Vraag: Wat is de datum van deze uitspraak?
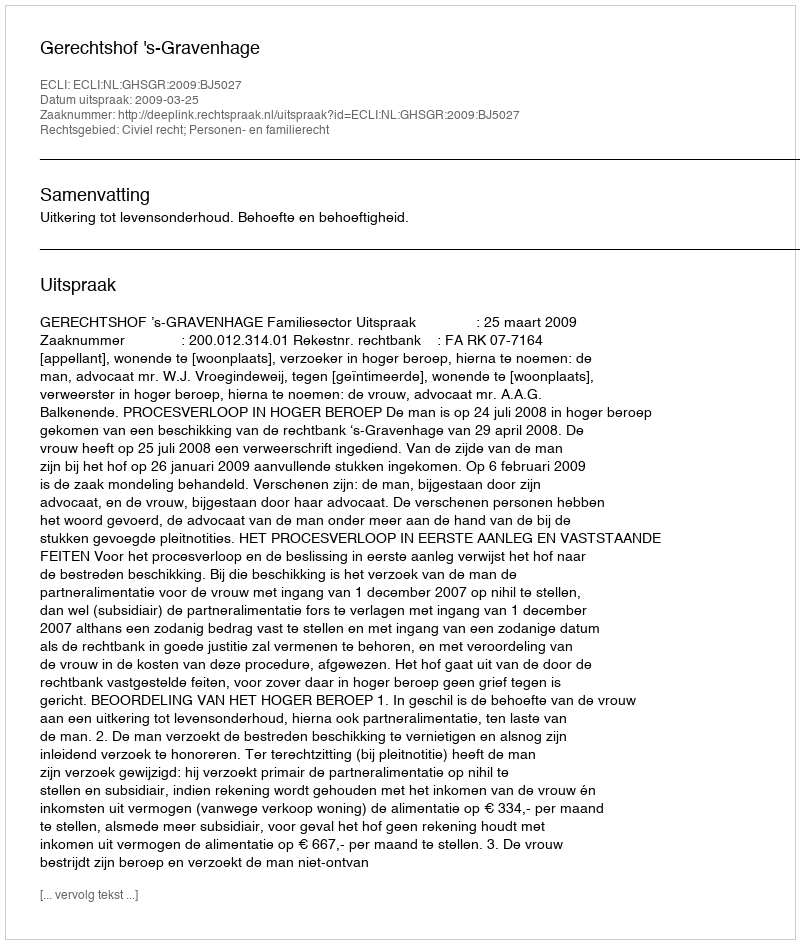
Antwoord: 2009-03-25